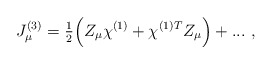
\begin{align*}J_\mu ^{(3)}={\textstyle \frac 12}\Bigl(Z_\mu \chi ^{(1)}+\chi ^{(1)T}Z_\mu\Bigr)+...~,\end{align*}